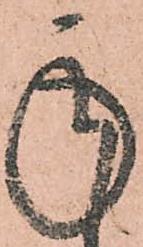
承